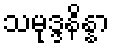
သမုဒ္ဒနိန္နာ